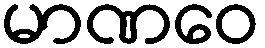
မာဏဝေ